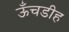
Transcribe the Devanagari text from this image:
ऊँचडीह